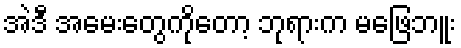
အဲဒီ အမေးတွေကိုတော့ ဘုရားက မဖြေဘူး